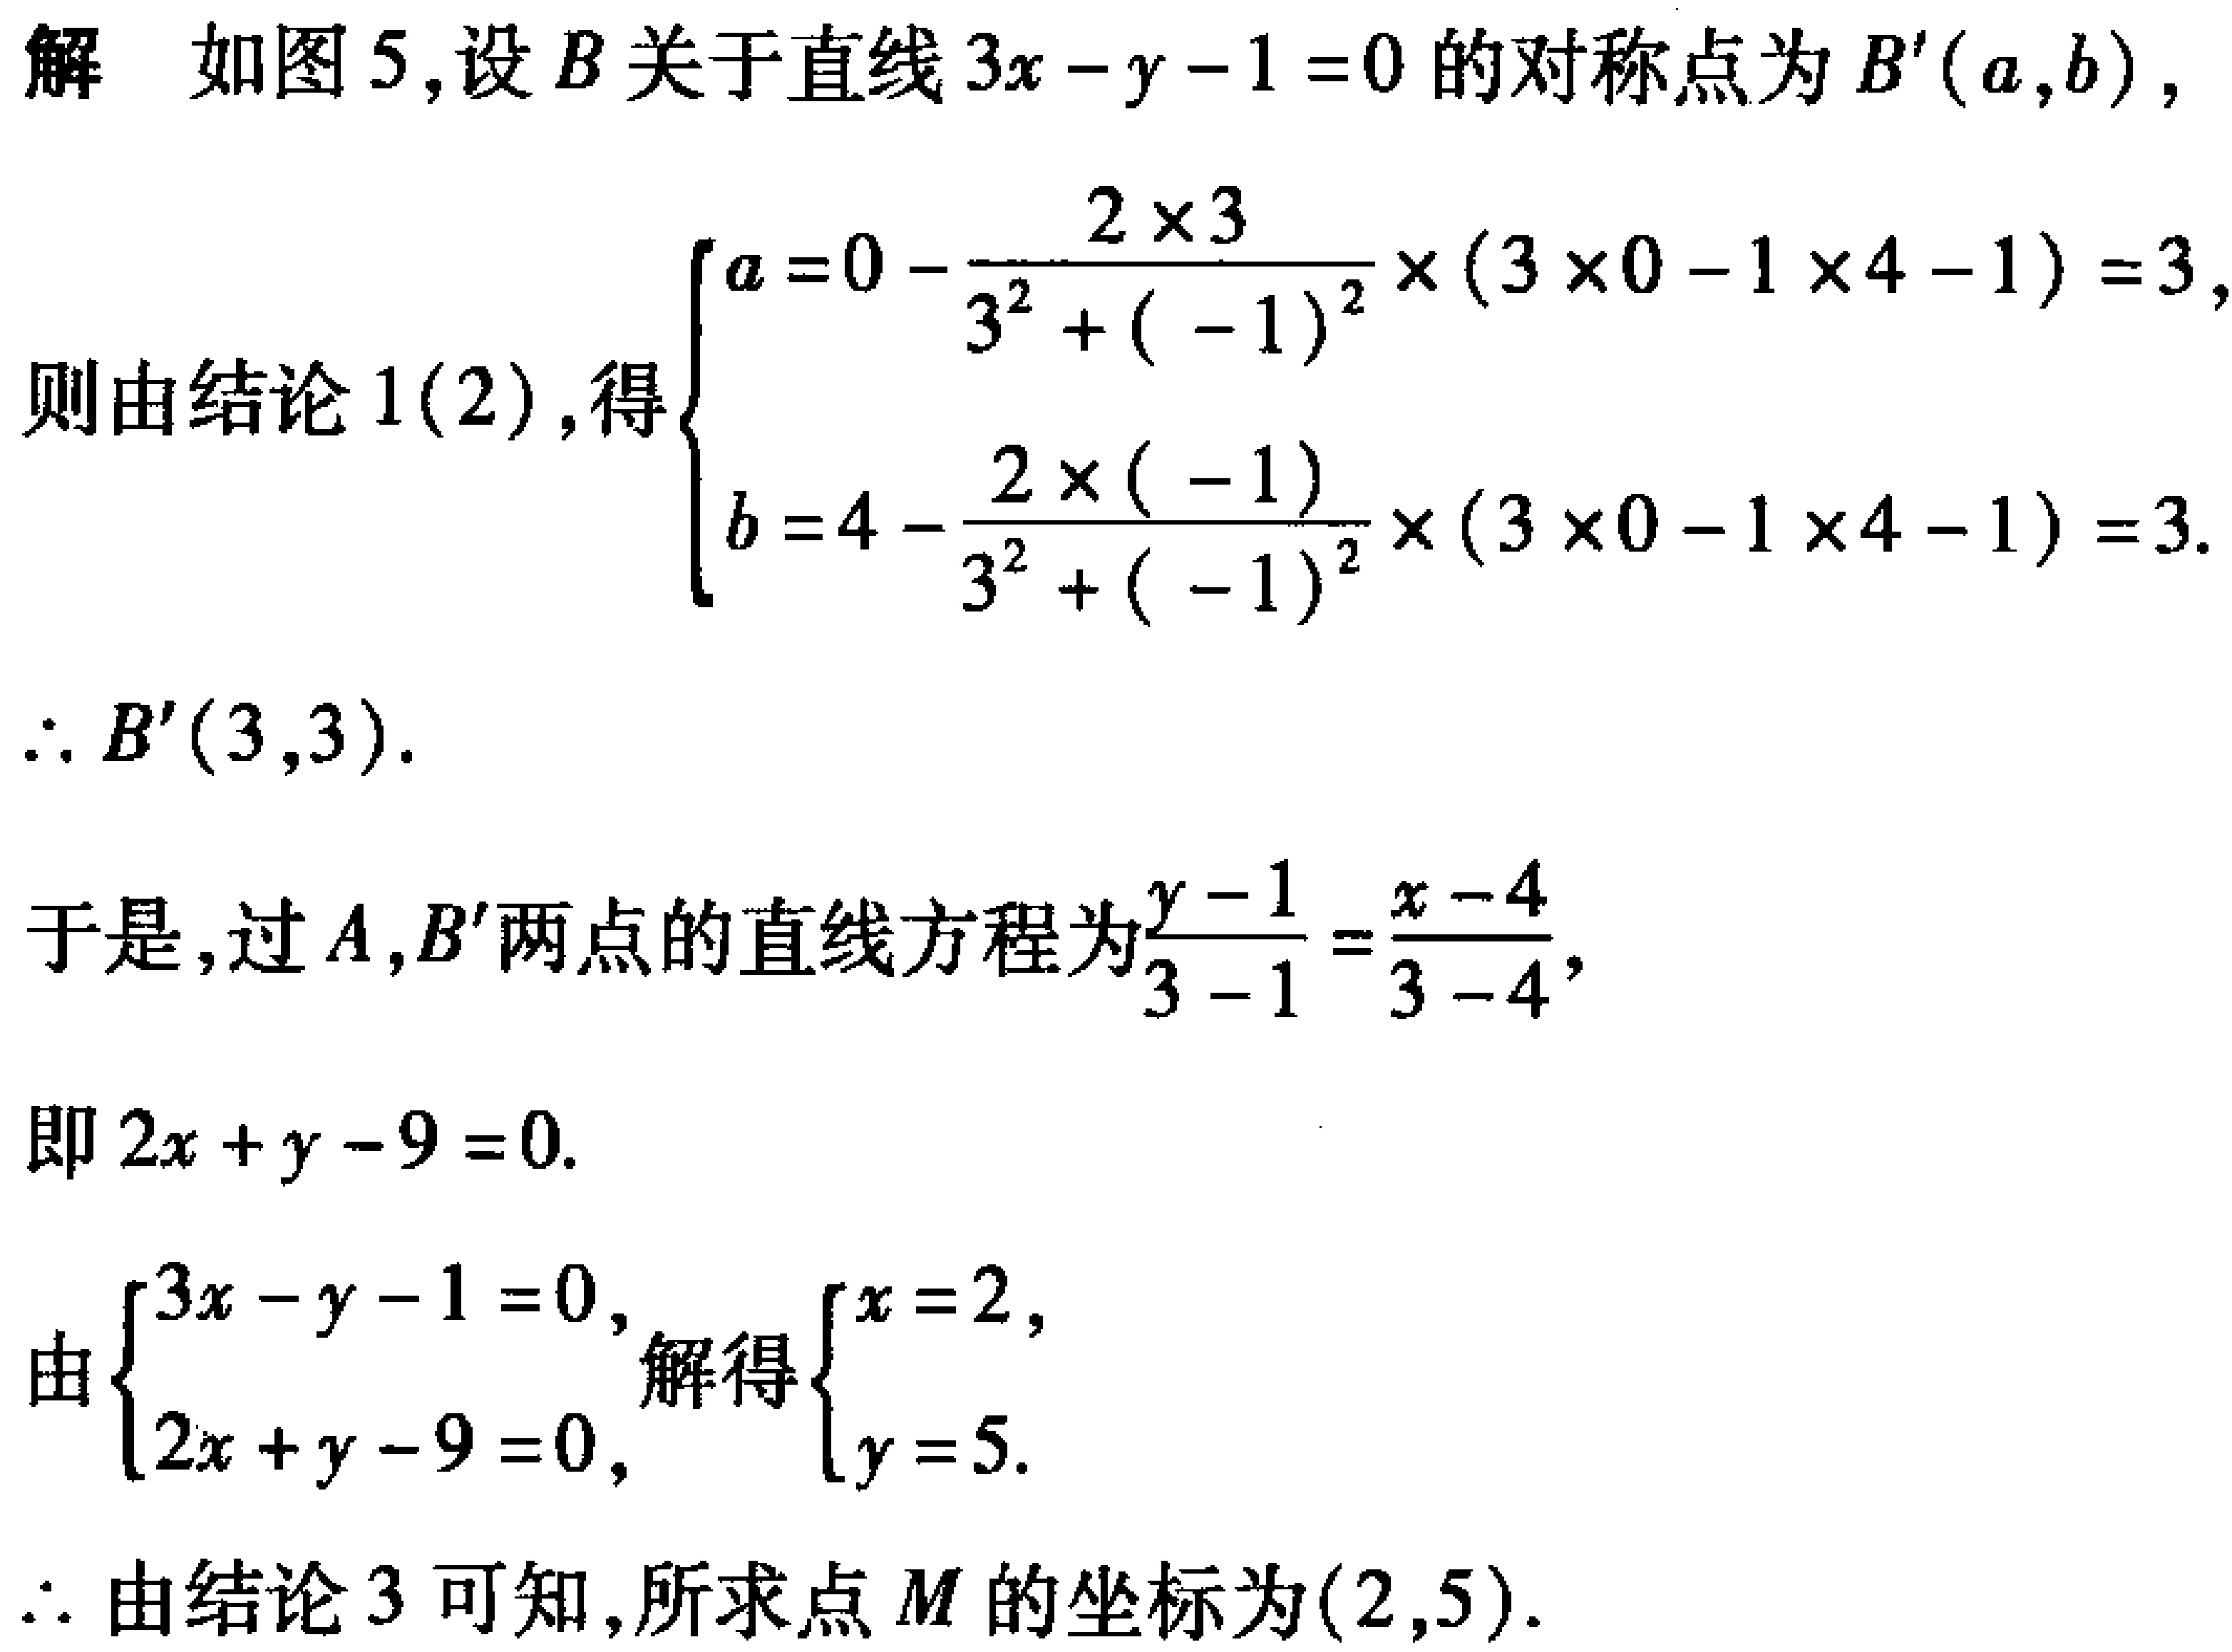
解 如图5,设\(B\)关于直线\(3x - y - 1 = 0\)的对称点为\(B'(a,b)\),
则由结论1(2),得\(\begin{cases}a = 0 - \dfrac{2\times3}{3^{2}+(-1)^{2}}\times(3\times0 - 1\times4 - 1)=3,\\b = 4 - \dfrac{2\times(-1)}{3^{2}+(-1)^{2}}\times(3\times0 - 1\times4 - 1)=3.\end{cases}\)
\(\therefore B'(3,3)\).
于是,过\(A,B'\)两点的直线方程为\(\dfrac{y - 1}{3 - 1}=\dfrac{x - 4}{3 - 4}\),
即\(2x + y - 9 = 0\).
由\(\begin{cases}3x - y - 1 = 0,\\2x + y - 9 = 0,\end{cases}\)解得\(\begin{cases}x = 2,\\y = 5.\end{cases}\)
\(\therefore\)由结论3可知,所求点\(M\)的坐标为\((2,5)\).